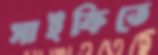
সাইকিতে